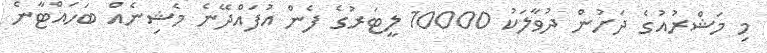
މި މަޝްރުއުގެ ދަށުން ދުވާލަކު 10000 ލީޓަރުގެ ފެން އުފައްދޭނެ މެޝިނެއް ބަހައްޓާނެ